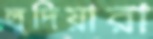
লুদিয়ারা